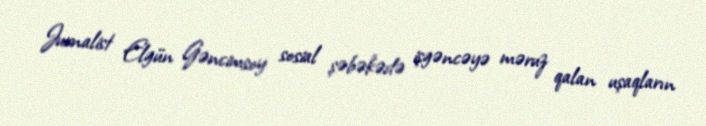
Jurnalist Elgün Gəncimsoy sosial şəbəkədə işgəncəyə məruz qalan uşaqların